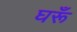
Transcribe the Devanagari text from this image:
घरूँ